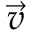
\scriptstyle { \vec { v } }